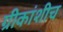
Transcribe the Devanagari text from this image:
ग्रीकांशीच